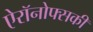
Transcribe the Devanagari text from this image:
ऐरॉनोफ्सकी